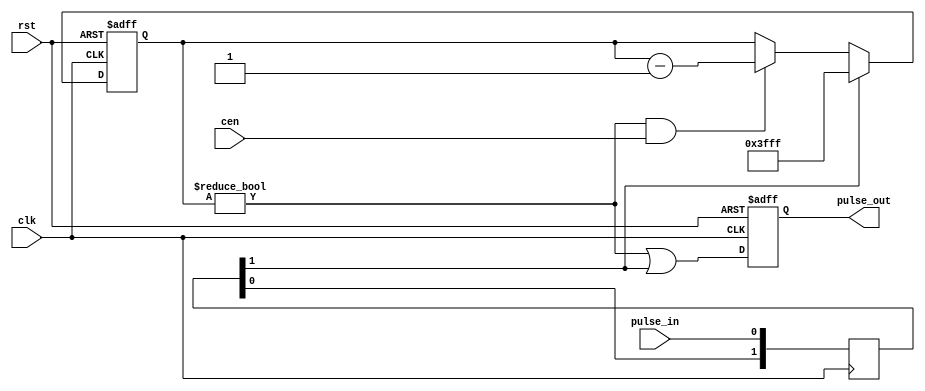
/* This file is part of JTFRAME.


    JTFRAME program is free software: you can redistribute it and/or modify
    it under the terms of the GNU General Public License as published by
    the Free Software Foundation, either version 3 of the License, or
    (at your option) any later version.

    JTFRAME program is distributed in the hope that it will be useful,
    but WITHOUT ANY WARRANTY; without even the implied warranty of
    MERCHANTABILITY or FITNESS FOR A PARTICULAR PURPOSE.  See the
    GNU General Public License for more details.

    You should have received a copy of the GNU General Public License
    along with JTFRAME.  If not, see <http://www.gnu.org/licenses/>.

    Author: Jose Tejada Gomez. Twitter: @topapate
    Version: 1.0
    Date: 13-1-2021

*/

// Generic mixer: imprpulse_ines on the jt12_mixer in JT12 repository

// Usage:
// Specify width of input signals and desired outputs
// Select gain for each signal

module jtframe_enlarger(
    input      rst,
    input      clk,
    input      cen,
    input      pulse_in,
    output reg pulse_out
);

parameter W=14;

localparam [W-1:0] ZERO={W{1'b0}};

reg  [W-1:0] cnt;
reg  [1:0] pin_s;
wire       psync;

assign psync = pin_s[1];

// synchronizer as pulse_in may come from
// a different domain
always @(posedge clk) begin
    pin_s <= { pin_s[0], pulse_in };
end

always @(posedge clk, posedge rst) begin
    if(rst) begin
        cnt       <= ~ZERO;
        pulse_out <= 0;
    end else begin
        pulse_out <= cnt != ZERO || psync;
        if( psync )
            cnt <= ~ZERO;
        else if( cnt!=ZERO && cen )
            cnt <= cnt - 1'd1;
    end
end


endmodule